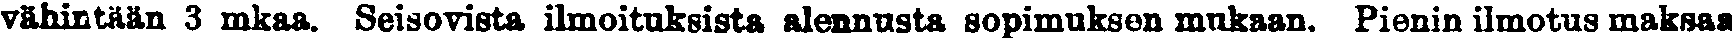
vähintään 3 mkaa. Seisovista ilmoituksista alennusta sopimuksen mukaan. Pienin ilmotus maksaa